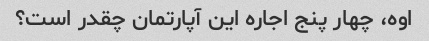
اوه، چهار پنج اجاره این آپارتمان چقدر است؟